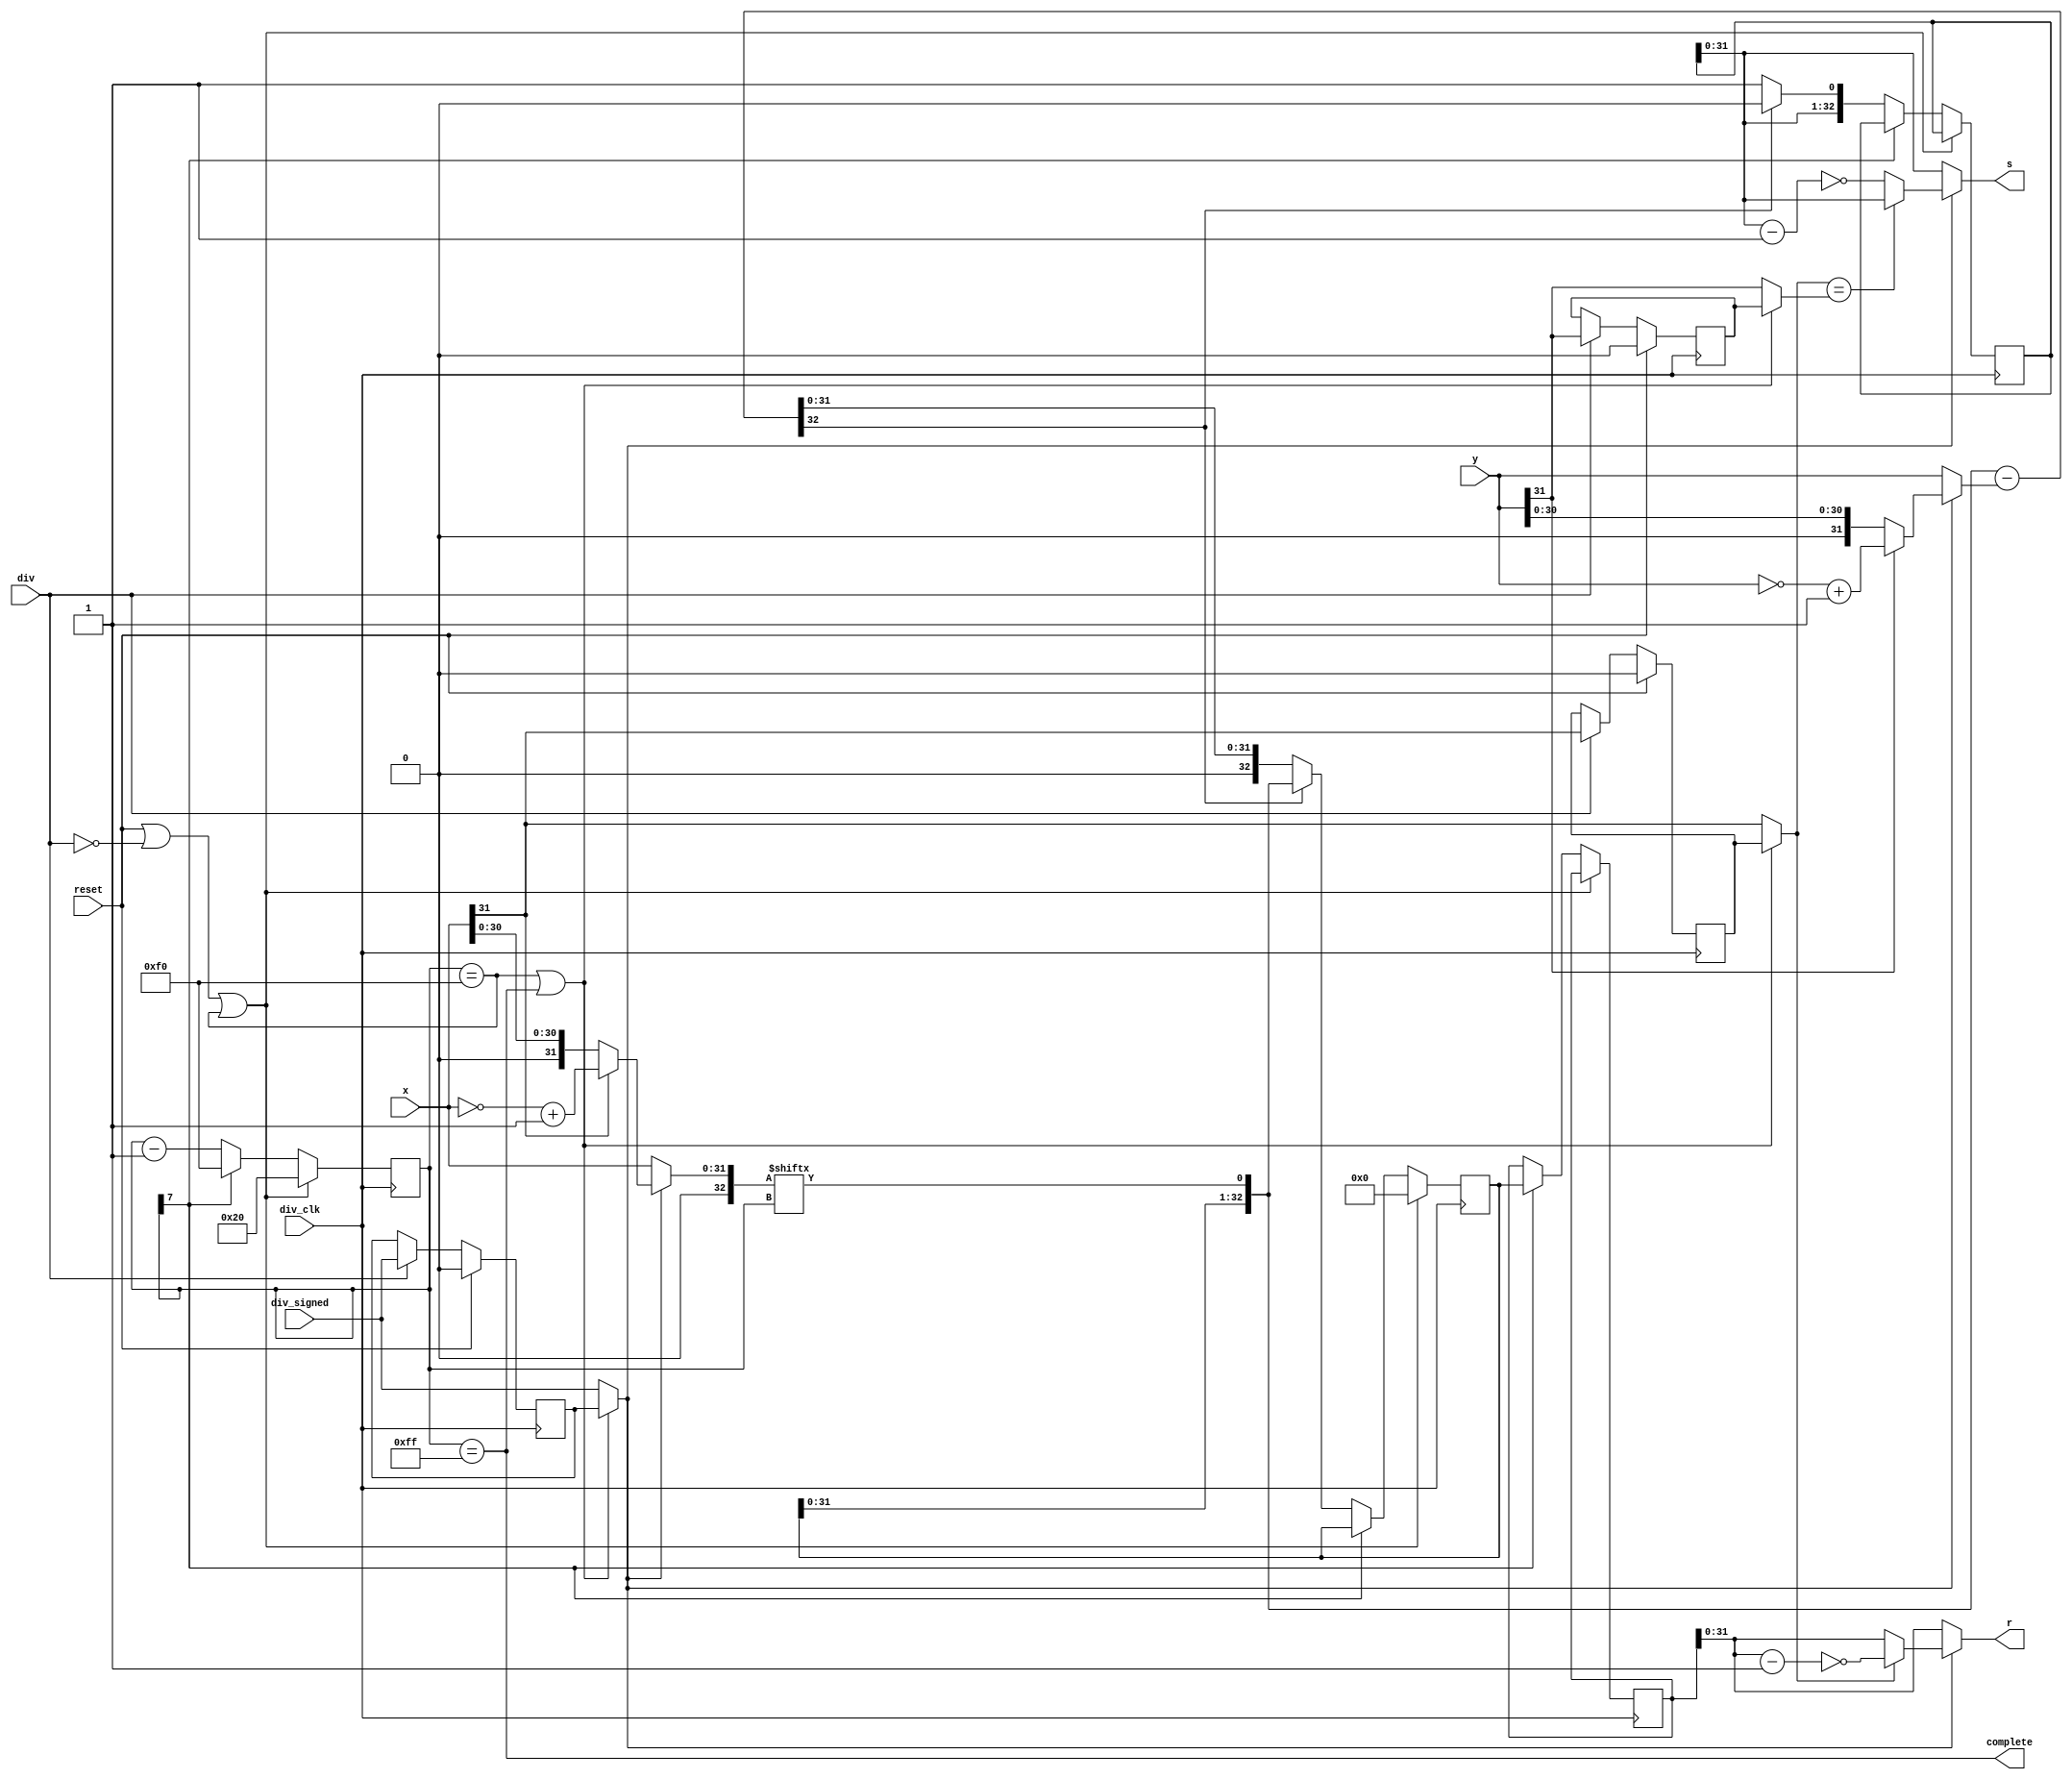
module div(
    input div_clk, reset,
    input div,
    input div_signed,
    input [31:0] x, y,
    output [31:0] s, r,
    output complete
    );

reg [32:0] UnsignS;
reg [32:0] UnsignR;
reg [32:0] tmp_r;
reg [7:0] count;
wire [32:0] tmp_d;
wire [32:0] result_r;
wire [32:0] UnsignX, UnsignY;

reg  div_signed_buffer; 
reg  x_31_buffer;
reg  y_31_buffer;
wire real_div_signed;
wire real_x_31;
wire real_y_31;
wire complete_delay;
wire real_complete;

assign complete_delay = (count == 8'hf0);
assign real_complete = complete_delay || complete;

always @(posedge div_clk) begin 
    if (reset) begin 
        div_signed_buffer <= 1'b0;
        x_31_buffer <= 1'b0;
        y_31_buffer <= 1'b0;
    end 
    else if (div) begin 
        div_signed_buffer <= div_signed;   //when div inst go to ms, div_signed will be changed. so buffer it.
        x_31_buffer <= x[31];
        y_31_buffer <= y[31];
    end
end

assign real_div_signed = real_complete ? div_signed_buffer : div_signed;
assign real_x_31 = real_complete ? x_31_buffer : x[31];
assign real_y_31 = real_complete ? y_31_buffer : y[31];

assign UnsignX = {1'b0, (real_div_signed ? (x[31] ? (~x + 1) : x) : x)}; //取绝对值并扩展至33位
assign UnsignY = {1'b0, (real_div_signed ? (y[31] ? (~y + 1) : y) : y)};

always @(posedge div_clk) begin  //33位除法计算
    if (reset || ~div || complete_delay) begin
        count <= 8'd32;     //计算33次
        tmp_r <= 33'b0;
    end
    else if (~(count[7])) begin
        if (tmp_d[32]) begin    //tmp_d为负数
            UnsignS <= {UnsignS[31:0], 1'b0};
            tmp_r <= result_r;
        end 
        else begin
            UnsignS <= {UnsignS[31:0], 1'b1};
            tmp_r <= tmp_d;
        end
        count <= count - 8'd1;
    end
    else begin
        UnsignR <= tmp_r;
        count   <= 8'hf0; //complete signal only maintain one clock
    end

end

assign complete = (count == 8'hff);//chenji

assign result_r = {tmp_r[31:0], UnsignX[count]};
assign tmp_d = result_r - UnsignY;

wire [32:0] TmpS, TmpR;
assign TmpS = (real_div_signed ? ((real_x_31 == real_y_31) ? UnsignS : ~(UnsignS - 1)) : UnsignS); //去绝对值并截位
assign TmpR = (real_div_signed ? (real_x_31 ? ~(UnsignR - 1) : UnsignR) : UnsignR);

assign s = TmpS[31:0];
assign r = TmpR[31:0];

endmodule